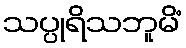
သပ္ပုရိသဘူမိံ